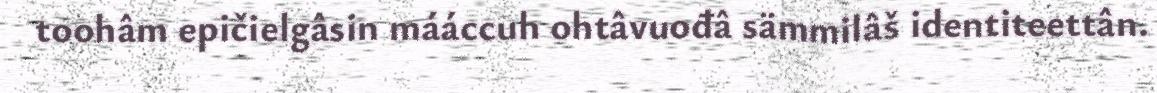
toohâm epičielgâsin mááccuh ohtâvuođâ sämmilâš identiteettân.